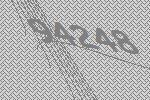
94248